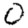
Digit: 0